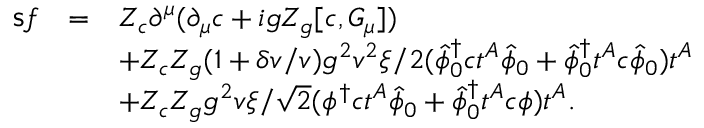
\begin{array} { r c l } { { { \sf s } f } } & { { = } } & { { Z _ { c } \partial ^ { \mu } ( \partial _ { \mu } c + i g Z _ { g } [ c , G _ { \mu } ] ) } } \\ { { } } & { { } } & { { + Z _ { c } Z _ { g } ( 1 + \delta v / v ) g ^ { 2 } v ^ { 2 } \xi / 2 ( \hat { \phi } _ { 0 } ^ { \dagger } c t ^ { A } \hat { \phi } _ { 0 } + \hat { \phi } _ { 0 } ^ { \dagger } t ^ { A } c \hat { \phi } _ { 0 } ) t ^ { A } } } \\ { { } } & { { } } & { { + Z _ { c } Z _ { g } g ^ { 2 } v \xi / \sqrt { 2 } ( \phi ^ { \dagger } c t ^ { A } \hat { \phi } _ { 0 } + \hat { \phi } _ { 0 } ^ { \dagger } t ^ { A } c \phi ) t ^ { A } . } } \end{array}